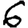
Digit: 6